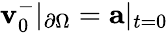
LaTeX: \mathbf{v}_{0}^{-}|_{\partial\Omega}=\mathbf{a}|_{t=0}